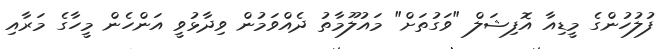
ފުލުހުންގެ މީޑިއާ އޮފިޝަލް "ވަގުތަށް" މައުލޫމާތު ދެއްވަމުން ވިދާޅުވީ އަންހެން މީހާގެ މަރާއި